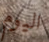
اليوم